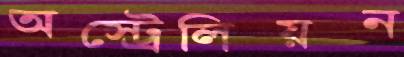
অস্ট্রেলিয়ন